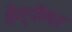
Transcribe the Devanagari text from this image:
डेंम्पीयर